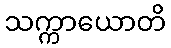
သက္ကာယောတိ